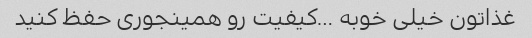
غذاتون خیلی خوبه …کیفیت رو همینجوری حفظ کنید